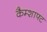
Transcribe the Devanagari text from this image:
कैम्शाफ्ट